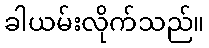
ခါယမ်းလိုက်သည်။